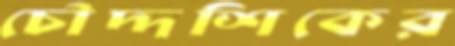
চৌদ্দশিকের